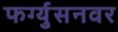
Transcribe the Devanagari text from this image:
फर्ग्युसनवर